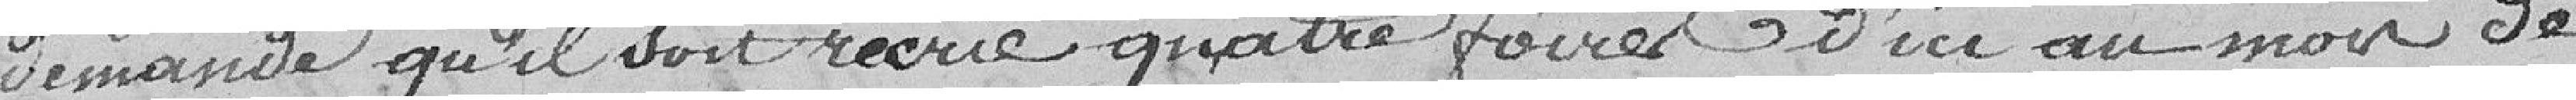
demande qu'il soit recréé quatre foires d'ici au mois de